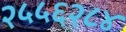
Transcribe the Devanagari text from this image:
२५५६२८४